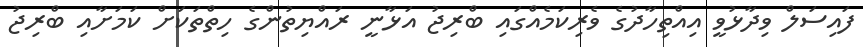
ފައިސަލް ވިދާޅުވީ އިއްތިހާދުގެ ވެރިކަމެއްގައި ބްރިޖު އަޅާނީ ރައްޔިތުންގެ ހިތްތަކަށް ކަމަށާއި ބްރިޖު